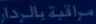
مرونة بالرادار